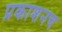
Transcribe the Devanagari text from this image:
प्रकाशनच